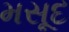
મસૂદ